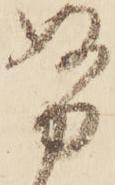
努